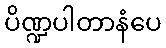
ပိဏ္ဍပါတာနံပေ